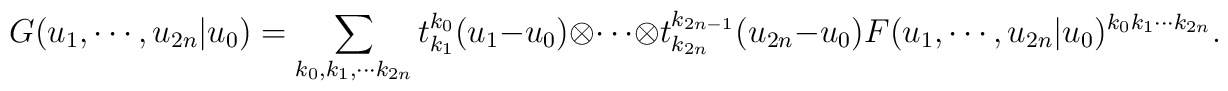
G(u_1 , \cdots , u_{2n}|u_0 )=\sum_{k_0 , k_1 , \cdots k_{2n}} t^{k_0}_{k_1} (u_1 -u_0 ) \otimes \cdots \otimes t^{k_{2n-1}}_{k_{2n}} (u_{2n}-u_0 ) F(u_1 , \cdots , u_{2n}|u_0 )^{k_0 k_1 \cdots k_{2n}}.